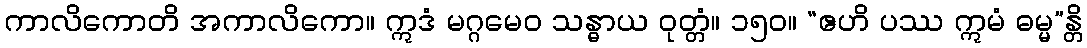
ကာလိကောတိ အကာလိကော။ ဣဒံ မဂ္ဂမေဝ သန္ဓာယ ဝုတ္တံ။ ၁၅၀။ “ဧဟိ ပဿ ဣမံ ဓမ္မ”န္တိ